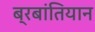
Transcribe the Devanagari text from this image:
ब्रबांतियान